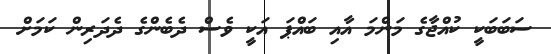
ސަބަބަކީ ކުއްޖާގެ މަންމަ އާއި ބައްޕަ އަކީ ވެސް ދެބެންގެ ދެދަރިން ކަމަށް